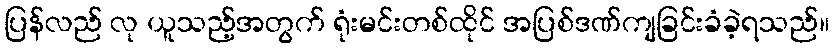
ပြန်လည် လု ယူသည့်အတွက် ရုံးမင်းတစ်ထိုင် အပြစ်ဒဏ်ကျခြင်းခံခဲ့ရသည်။